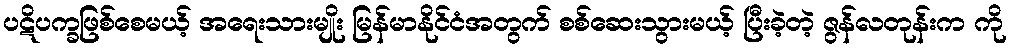
ပဋိပက္ခဖြစ်စေမယ့် အရေးသားမျိုး မြန်မာနိုင်ငံအတွက် စစ်ဆေးသွားမယ့် ပြီးခဲ့တဲ့ ဇွန်လတုန်းက ကို